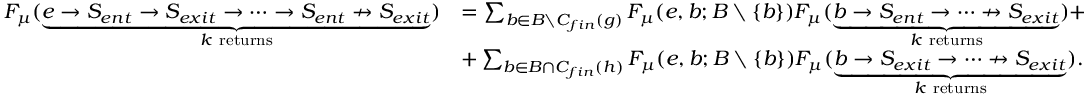
\begin{array} { r l } { F _ { \mu } ( \underbrace { e \rightarrow S _ { e n t } \rightarrow S _ { e x i t } \rightarrow \dots \rightarrow S _ { e n t } \nrightarrow S _ { e x i t } } _ { k \mathrm { ~ r e t u r n s } } ) } & { = \sum _ { b \in B \setminus C _ { f i n } ( g ) } F _ { \mu } ( e , b ; B \setminus \{ b \} ) F _ { \mu } ( \underbrace { b \rightarrow S _ { e n t } \rightarrow \dots \nrightarrow S _ { e x i t } } _ { k \mathrm { ~ r e t u r n s } } ) + } \\ & { + \sum _ { b \in B \cap C _ { f i n } ( h ) } F _ { \mu } ( e , b ; B \setminus \{ b \} ) F _ { \mu } ( \underbrace { b \rightarrow S _ { e x i t } \rightarrow \dots \nrightarrow S _ { e x i t } } _ { k \mathrm { ~ r e t u r n s } } ) . } \end{array}